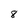
Character: 8